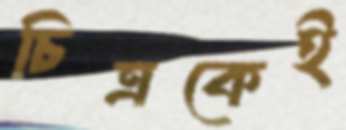
চিত্রকেই